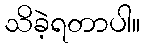
သိခဲ့ရတာပါ။